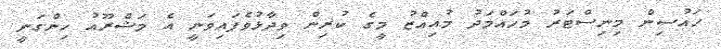
ހައުސިން މިނިސްޓަރު މުހައްމަދު މުއިއްޒު މީގެ ކުރިން ވިދާޅުވެފައިވަނީ އެ މަޝްރޫއު ހިންގަނީ